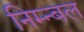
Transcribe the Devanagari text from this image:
निम्न्बल